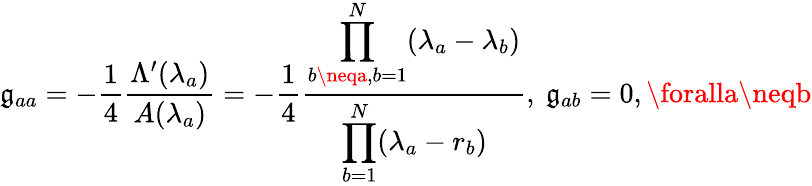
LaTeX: \mathfrak{g}_{aa}=-\frac{{1}}{{4}}\frac{{\Lambda^{\prime}(\lambda_{a})}}{{A(\lambda_{a})}}=-\frac{{1}}{{4}}\frac{{\displaystyle\prod_{b\neqa,b=1}^{N}(\lambda_{a}-\lambda_{b})}}{{\displaystyle\prod_{b=1}^{N}(\lambda_{a}-r_{b})}},\ \mathfrak{g}_{ab}=0,\foralla\neqb